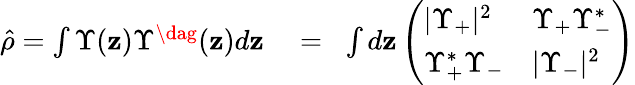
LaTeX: \begin{array}{rlr}{\hat{\rho}=\int\Upsilon(\mathbf{z})\Upsilon^{\dag}(\mathbf{z})d\mathbf{z}}&{{}=}&{\! \int d\mathbf{z}\left(\begin{array}{ll}{|\Upsilon_{+}|^{2}}&{\Upsilon_{+}\Upsilon_{-}^{*}}\\ {\Upsilon_{+}^{*}\Upsilon_{-}}&{|\Upsilon_{-}|^{2}}\end{array}\right)}\end{array}